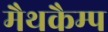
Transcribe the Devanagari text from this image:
मैथकैम्प